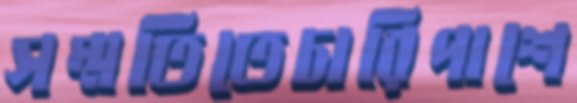
সম্মতিতেচারিপাশে